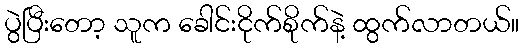
ပွဲပြီးတော့ သူက ခေါင်းငိုက်စိုက်နဲ့ ထွက်လာတယ်။